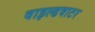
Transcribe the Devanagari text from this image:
वाइल्डवाटर